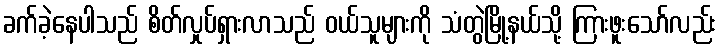
ခက်ခဲ့နေပါသည် စိတ်လှုပ်ရှားလာသည် ဝယ်သူများကို သံတွဲမြို့နယ်သို့ ကြားဖူးသော်လည်း